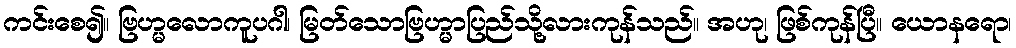
ကင်းစေ၍။ ဗြဟ္မလောကူပဂါ၊ မြတ်သောဗြဟ္မာပြည်သို့လားကုန်သည်။ အဟု၊ ဖြစ်ကုန်ပြီ။ ယောနရော၊